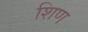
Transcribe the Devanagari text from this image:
शिण